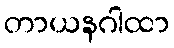
တာယနဂါထာ